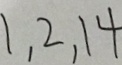
1 , 2 , 1 4